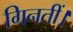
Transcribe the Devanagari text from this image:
गिनतीं।